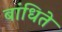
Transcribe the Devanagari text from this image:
बांधिते